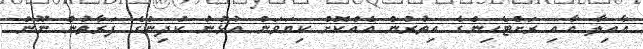
އާއިލާ އާއި ރަށްޓެހިންގެ އިތުރުން އެއްކޮށް ކިޔަވަން އުޅުނު ކުދިންގެ ފަރާތުން ނޫން